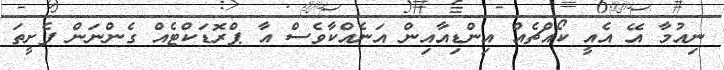
ނިއުމާ އޭ އެއީ ކޯއްޗެއް އިންޑިއާއިން އަނެއްކާވެސް އާ ޕްރޮޑަކްޓެއް ގެންނަން ފެށީތަ